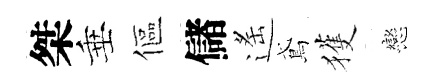
桀垂傴儲遙鳶獲戀